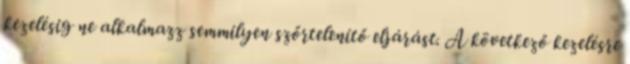
kezelésig ne alkalmazz semmilyen szőrtelenítő eljárást. A következő kezelésre